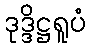
ဒုဒ္ဒိဋ္ဌရူပံ